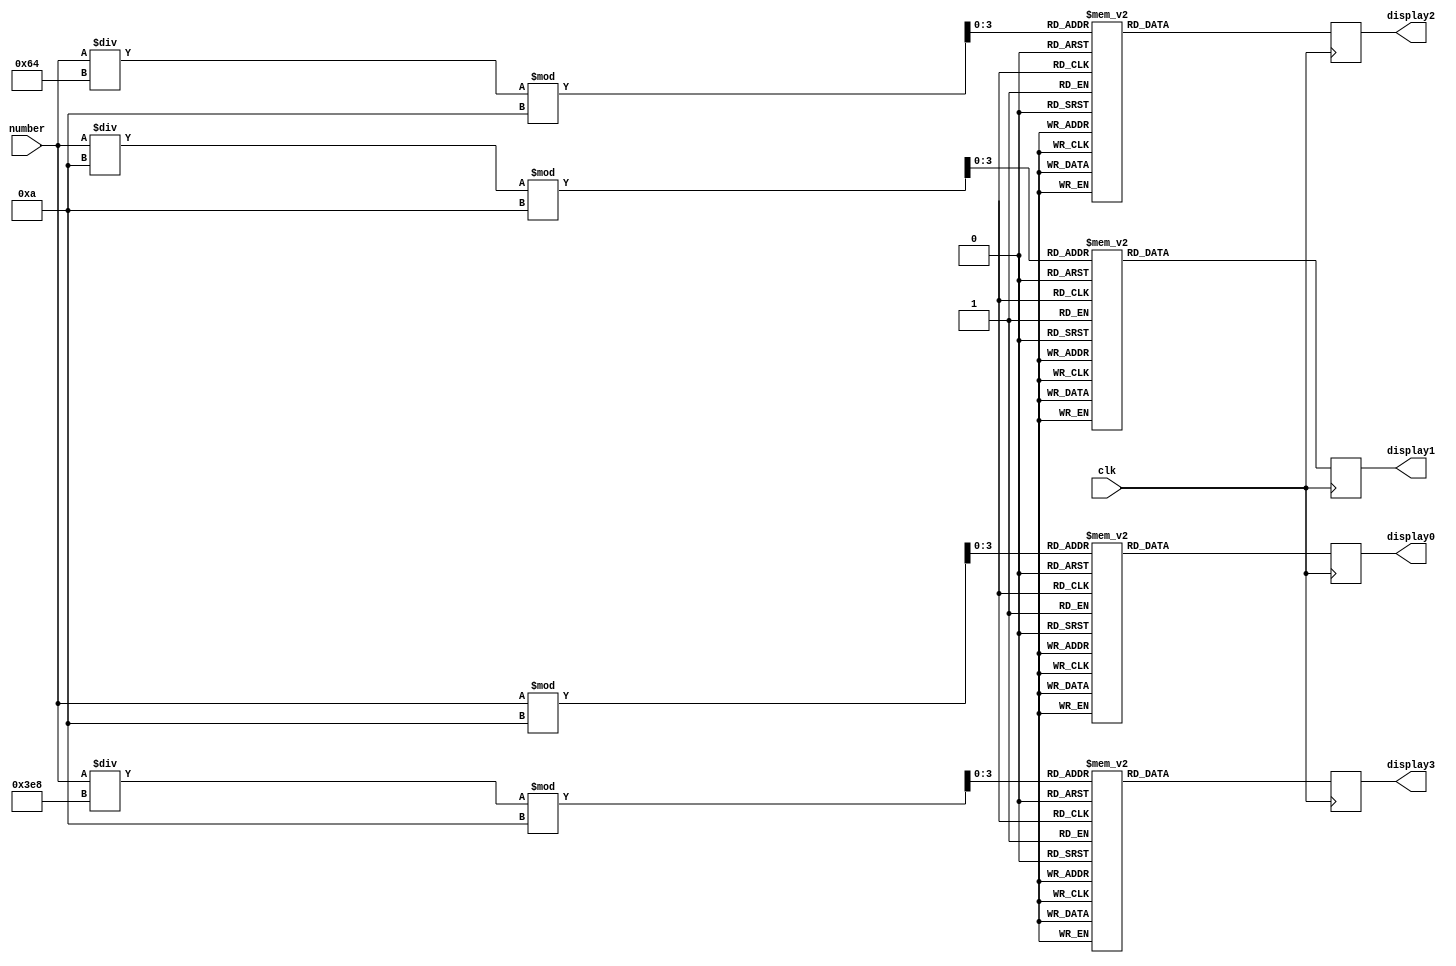
module SSDCM(
    input clk,
    input [12:0] number,
    output reg [6:0] display0,
    output reg [6:0] display1,
    output reg [6:0] display2,
    output reg [6:0] display3
);
/*
SSDCM MODULE
CONTROL SEVEN SEGMENT DISPLAY TO DISPLAY THE SCORE
*/
reg [3:0] digit0;
reg [3:0] digit1;
reg [3:0] digit2;
reg [3:0] digit3;

always @(posedge clk) begin
    // Extract digits
    digit0 = number % 10; // Ones
    digit1 = (number / 10) % 10; // Tens
    digit2 = (number / 100) % 10; // Hundreds
    digit3 = (number / 1000) % 10; // Thousands

    // Decode each digit to seven-segment display
    case(digit0)
        4'b0000: display0 = 7'b1000000; 
        4'b0001: display0 = 7'b1111001; 
        4'b0010: display0 = 7'b0100100; 
        4'b0011: display0 = 7'b0110000; 
        4'b0100: display0 = 7'b0011001; 
        4'b0101: display0 = 7'b0010010; 
        4'b0110: display0 = 7'b0000010; 
        4'b0111: display0 = 7'b1111000; 
        4'b1000: display0 = 7'b0000000; 
        4'b1001: display0 = 7'b0010000; 
        default: display0 = 7'b1111111; 
    endcase
    
    case(digit1)
        4'b0000: display1 = 7'b1000000; 
        4'b0001: display1 = 7'b1111001; 
        4'b0010: display1 = 7'b0100100; 
        4'b0011: display1 = 7'b0110000; 
        4'b0100: display1 = 7'b0011001; 
        4'b0101: display1 = 7'b0010010; 
        4'b0110: display1 = 7'b0000010; 
        4'b0111: display1 = 7'b1111000; 
        4'b1000: display1 = 7'b0000000; 
        4'b1001: display1 = 7'b0010000; 
        default: display1 = 7'b1111111; 
    endcase

    case(digit2)
        4'b0000: display2 = 7'b1000000; 
        4'b0001: display2 = 7'b1111001; 
        4'b0010: display2 = 7'b0100100; 
        4'b0011: display2 = 7'b0110000; 
        4'b0100: display2 = 7'b0011001; 
        4'b0101: display2 = 7'b0010010; 
        4'b0110: display2 = 7'b0000010; 
        4'b0111: display2 = 7'b1111000; 
        4'b1000: display2 = 7'b0000000; 
        4'b1001: display2 = 7'b0010000; 
        default: display2 = 7'b1111111; 
    endcase

    case(digit3)
        4'b0000: display3 = 7'b1000000; 
        4'b0001: display3 = 7'b1111001; 
        4'b0010: display3 = 7'b0100100; 
        4'b0011: display3 = 7'b0110000; 
        4'b0100: display3 = 7'b0011001; 
        4'b0101: display3 = 7'b0010010; 
        4'b0110: display3 = 7'b0000010; 
        4'b0111: display3 = 7'b1111000; 
        4'b1000: display3 = 7'b0000000; 
        4'b1001: display3 = 7'b0010000; 
        default: display3 = 7'b1111111; 
    endcase
end

endmodule